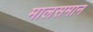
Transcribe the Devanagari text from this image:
मालसमान